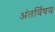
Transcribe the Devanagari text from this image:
अंतर्विषय